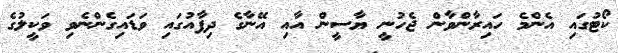
ކޯޓުގައި އެންމެ ހައިރާންވާން ޖެހުނީ ޔާސީން އާއި އޭނާގެ ދިފާއުގައި ވަޑައިގެންނެވި ވަކީލުގެ